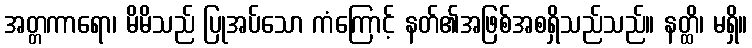
အတ္တကာရော၊ မိမိသည် ပြုအပ်သော ကံကြောင့် နတ်၏အဖြစ်အစရှိသည်သည်။ နတ္ထိ၊ မရှိ။